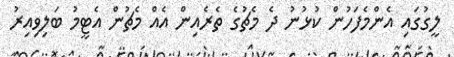
ލީގުގައި އެންމެފަހުން ކުޅުނު ދެ މެޗުގެ ތެރެއިން އެއް މެޗުން އެޓީމު ބަލިވިއިރު